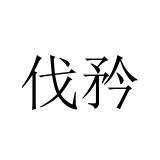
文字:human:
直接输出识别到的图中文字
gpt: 伐矜